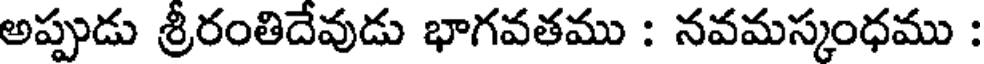
అప్పుడు శ్రీరంతిదేవుడు భాగవతము : నవమస్కంధము :